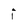
Character: f